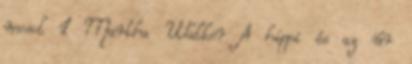
mosol 1 Martha Walker A hippi és az úr